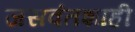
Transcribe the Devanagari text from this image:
जसवंतशाही